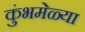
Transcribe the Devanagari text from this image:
कुंभमेळ्या